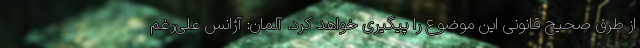
از طرق صحیح قانونی این موضوع را پیگیری خواهد کرد. آلمان: آژانس علی‌رغم